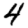
Digit: 4